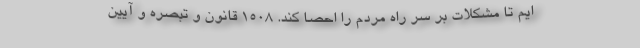
ایم تا مشکلات بر سر راه مردم را احصا کند. ۱۵۰۸ قانون و تبصره و آیین